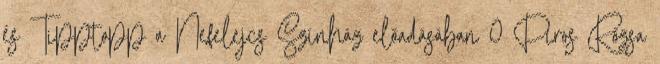
és Tipptopp a Nefelejcs Színház előadásában 0 Piros Rózsa